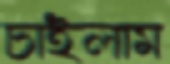
চাইলাম